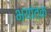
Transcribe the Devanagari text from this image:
भयांतक